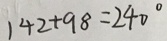
1 4 2 + 9 8 = 2 4 0 ^ { \circ }